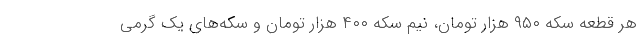
هر قطعه سکه ۹۵۰ هزار تومان، نیم سکه ۴۰۰ هزار تومان و سکه‌های یک گرمی